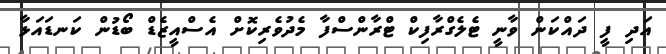
އަދި ފީ ދައްކަން ވާނީ ޓެލެގްރާފިކް ޓްރާންސްފާ މެދުވެރިކޮށް އެސްއީޒެޑް ބޯޑުން ކަނޑައަޅާ